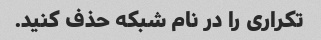
تکراری را در نام شبکه حذف کنید.